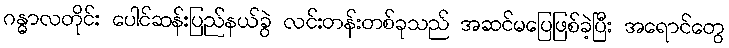
ဂန္ဓာလတိုင်း ပေါင်ဆန်းပြည်နယ်ခွဲ လင်းတန်းတစ်ခုသည် အဆင်မပြေဖြစ်ခဲ့ပြီး အရောင်တွေ